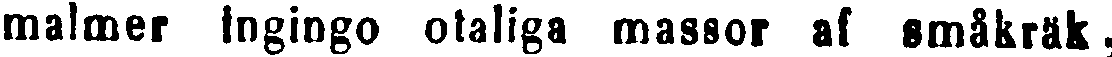
malmer ingingo otaliga massor af småkräk,